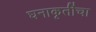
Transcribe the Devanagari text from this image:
घनाकृतींचा